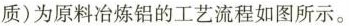
质)为原料冶炼铝的工艺流程如图所示。